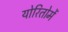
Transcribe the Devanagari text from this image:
योरितोमें